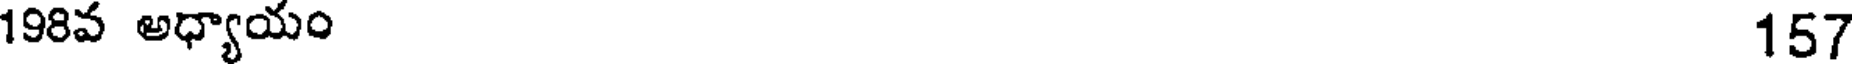
198వ అధ్యాయం 157